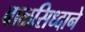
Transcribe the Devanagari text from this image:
बाळसिध्दाने